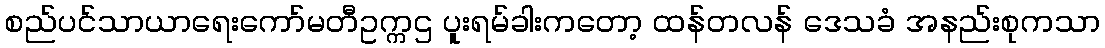
စည်ပင်သာယာရေးကော်မတီဥက္ကဌ ပူးရမ်ခါးကတော့ ထန်တလန် ဒေသခံ အနည်းစုကသာ